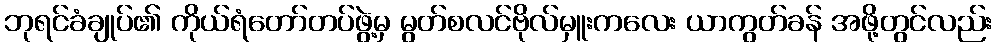
ဘုရင်ခံချုပ်၏ ကိုယ်ရံတော်တပ်ဖွဲ့မှ မွတ်စလင်ဗိုလ်မှူးကလေး ယာကွတ်ခန် အဖို့တွင်လည်း